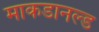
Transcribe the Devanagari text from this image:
माकडानल्ड